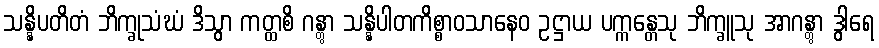
သန္နိပတိတံ ဘိက္ခုသံဃံ ဒိသွာ ကတ္ထစိ ဂန္တွာ သန္နိပါတကိစ္စာဝသာနေဝ ဥဋ္ဌာယ ပက္ကန္တေသု ဘိက္ခူသု အာဂန္တွာ ဒွါရေ